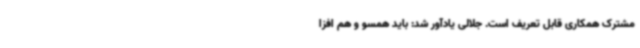
مشترک همکاری قابل تعریف است. جلالی یادآور شد: باید همسو و هم افزا